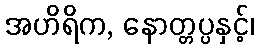
အဟိရိက, နောတ္တပ္ပနှင့်၊